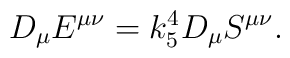
D_\mu E^{\mu\nu} = k_5^4 D_\mu S^{\mu\nu}.